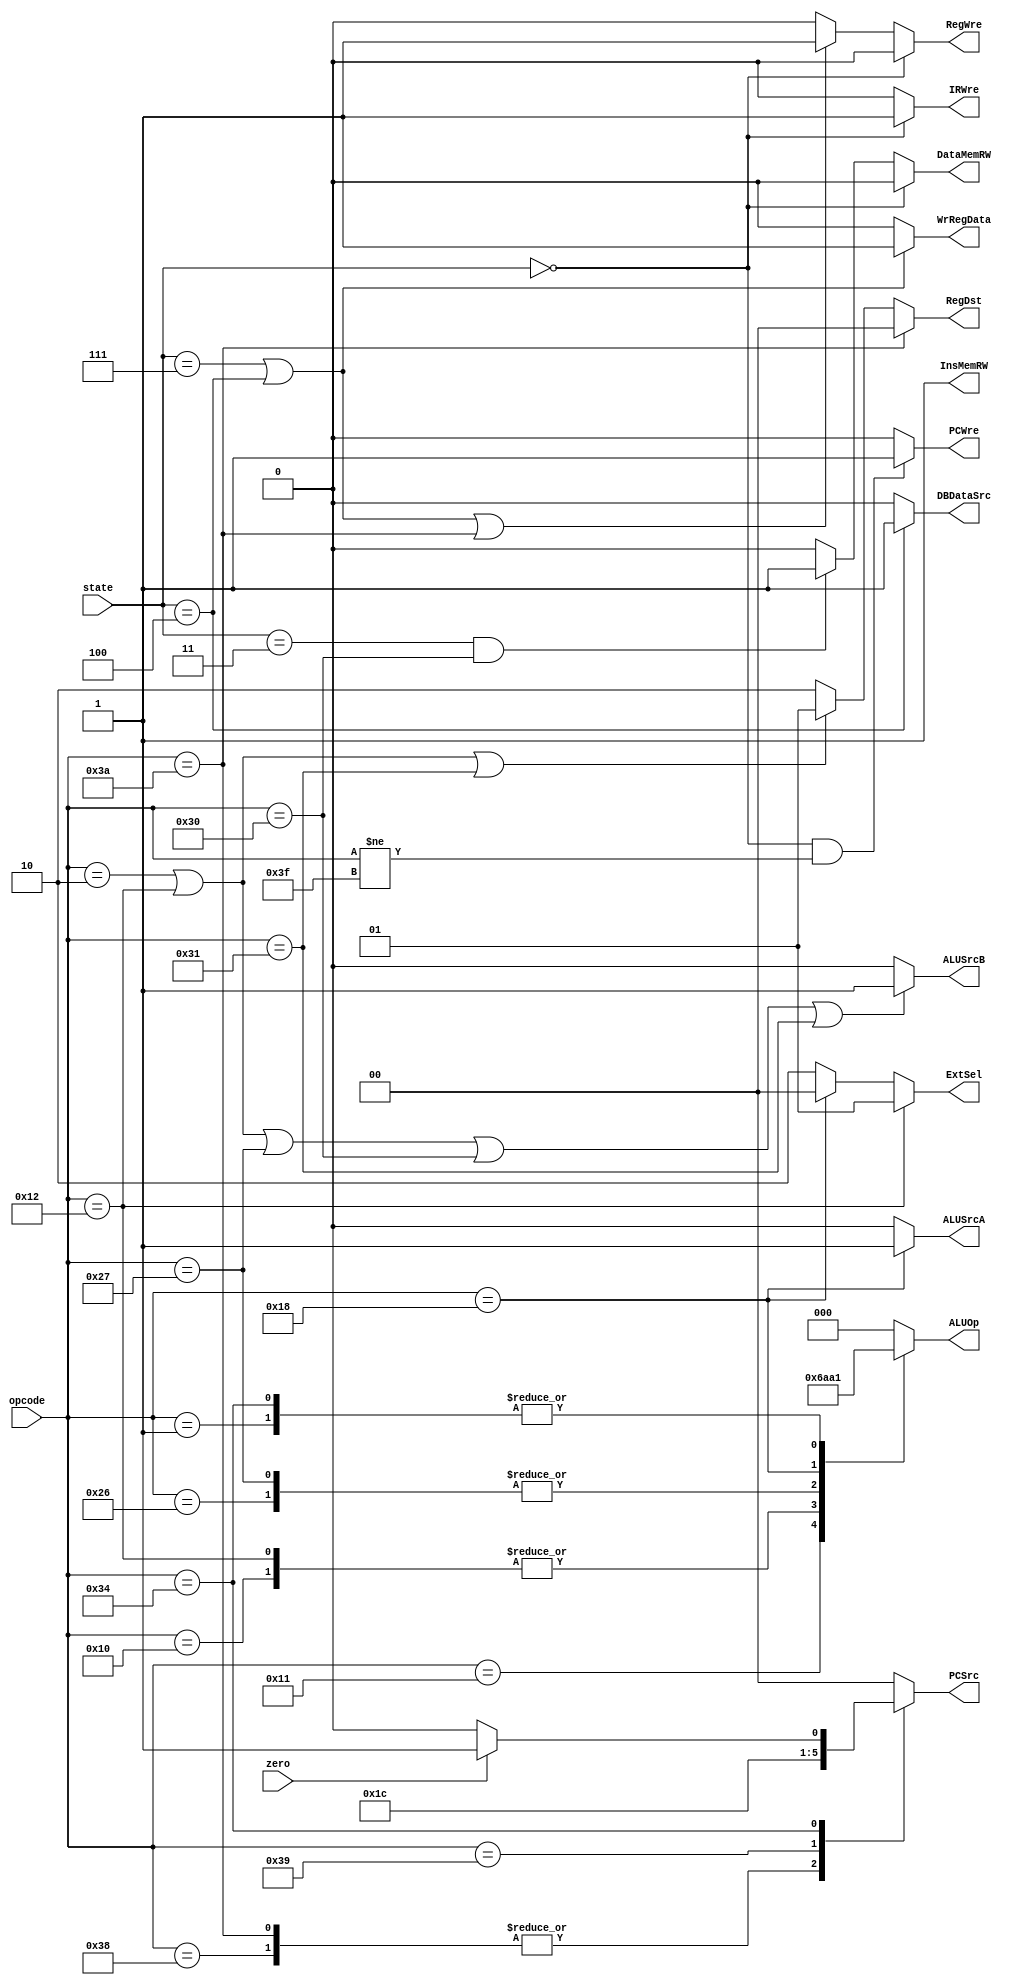
// 
// @param state 
// @param opcode 
// @param PCWre PC
// @param InsMemRW 
// @param IRWre IR
// @param WrRegData 
// @param RegWre 
// @param ALUSrcA ALUA
// @param ALUSrcB ALUB
// @param DataMemRW 
// @param DBDataSrc 
// @param ExtSel 
// @param RegDst 
// @param PCSrc 
// @param ALUOp ALU
module OutputFunc(state, opcode, zero, PCWre, InsMemRW, IRWre, WrRegData, RegWre, ALUSrcA, ALUSrcB, DataMemRW, DBDataSrc, ExtSel, RegDst, PCSrc, ALUOp);
    input [2:0]state;
    input [5:0]opcode;
    input zero;
    output reg PCWre, InsMemRW, IRWre, WrRegData, RegWre, ALUSrcA, ALUSrcB, DataMemRW, DBDataSrc;
    output reg[1:0]ExtSel, RegDst, PCSrc;
    output reg[2:0]ALUOp;
    parameter [2:0] IF = 3'b000, // IF
                     ID = 3'b001, // ID
                     aEXE = 3'b110, // EXE
                     bEXE = 3'b101, // EXE
                     cEXE = 3'b010, // EXE
                     MEM = 3'b011, // MEM
                     aWB = 3'b111, // WB
                     cWB = 3'b100; // WB
    parameter [5:0] addi = 6'b000010,
                     ori = 6'b010010,
                     sll = 6'b011000,
                     add = 6'b000000,
                     sub = 6'b000001,
                     slt = 6'b100110,
                     slti = 6'b100111,
                     sw = 6'b110000,
                     lw = 6'b110001,
                     beq = 6'b110100,
                     j = 6'b111000,
                     jr = 6'b111001,
                     Or = 6'b010000,
                     And = 6'b010001,
                     jal = 6'b111010,
                     halt = 6'b111111;

    always @(state) begin
        // PCWre
        if (state == IF && opcode != halt) PCWre = 1;
        else PCWre = 0;
        // InsMemRW
        InsMemRW = 1;
        // IRWre
        if (state == IF) IRWre = 1;
        else IRWre = 0;
        // WrRegData
        if (state == aWB || state == cWB) WrRegData = 1;
        else WrRegData = 0;
        // RegWre
        if (state == aWB || state == cWB || opcode == jal) RegWre = 1;
        else RegWre = 0;
        // ALUSrcA
        if (opcode == sll) ALUSrcA = 1;
        else ALUSrcA = 0;
        // ALUSrcB
        if (opcode == addi || opcode == ori || opcode == slti|| opcode == sw || opcode == lw) ALUSrcB = 1;
        else ALUSrcB = 0;
        // DataMemRW
        if (state == MEM && opcode == sw) DataMemRW = 1;
        else DataMemRW = 0;
        //  DBDataSrc
        if (state == cWB) DBDataSrc = 1;
        else DBDataSrc = 0;
        // ExtSel
        if (opcode == ori) ExtSel = 2'b01;
        else if (opcode == sll) ExtSel = 2'b00;
        else ExtSel = 2'b10;
        // RegDst
        if (opcode == jal) RegDst = 2'b00;
        else if (opcode == addi || opcode == ori || opcode == lw) RegDst = 2'b01;
        else RegDst = 2'b10;
        // PCSrc
        case(opcode)
            j: PCSrc = 2'b11;
            jal: PCSrc = 2'b11;
            jr: PCSrc = 2'b10;
            beq: begin
                if (zero) PCSrc = 2'b01;
                else PCSrc = 2'b00;
            end
            default: PCSrc = 2'b00;
        endcase
        // ALUOp
        case(opcode)
            sub: ALUOp = 3'b001;
            Or: ALUOp = 3'b101;
            And: ALUOp = 3'b110;
            ori: ALUOp = 3'b101;
            slt: ALUOp = 3'b010;
            slti: ALUOp = 3'b010;
            sll: ALUOp = 3'b100;
            beq: ALUOp = 3'b001;
            default: ALUOp = 3'b000;
        endcase
        // IF
        if (state == IF) begin
            RegWre = 0;
            DataMemRW = 0;
        end
    end

endmodule